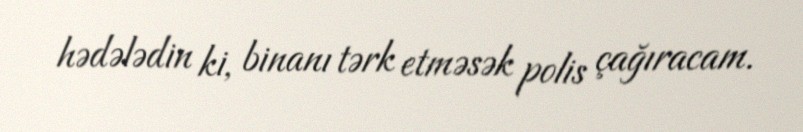
hədələdin ki, binanı tərk etməsək polis çağıracam.